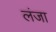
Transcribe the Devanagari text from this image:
लंजा